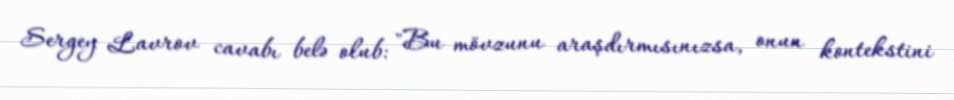
Sergey Lavrov cavabı belə olub: "Bu mövzunu araşdırmısınızsa, onun kontekstini